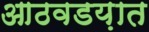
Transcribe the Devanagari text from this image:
आठवडय़ात